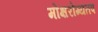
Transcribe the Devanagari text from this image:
मोक्षरोग्यतप